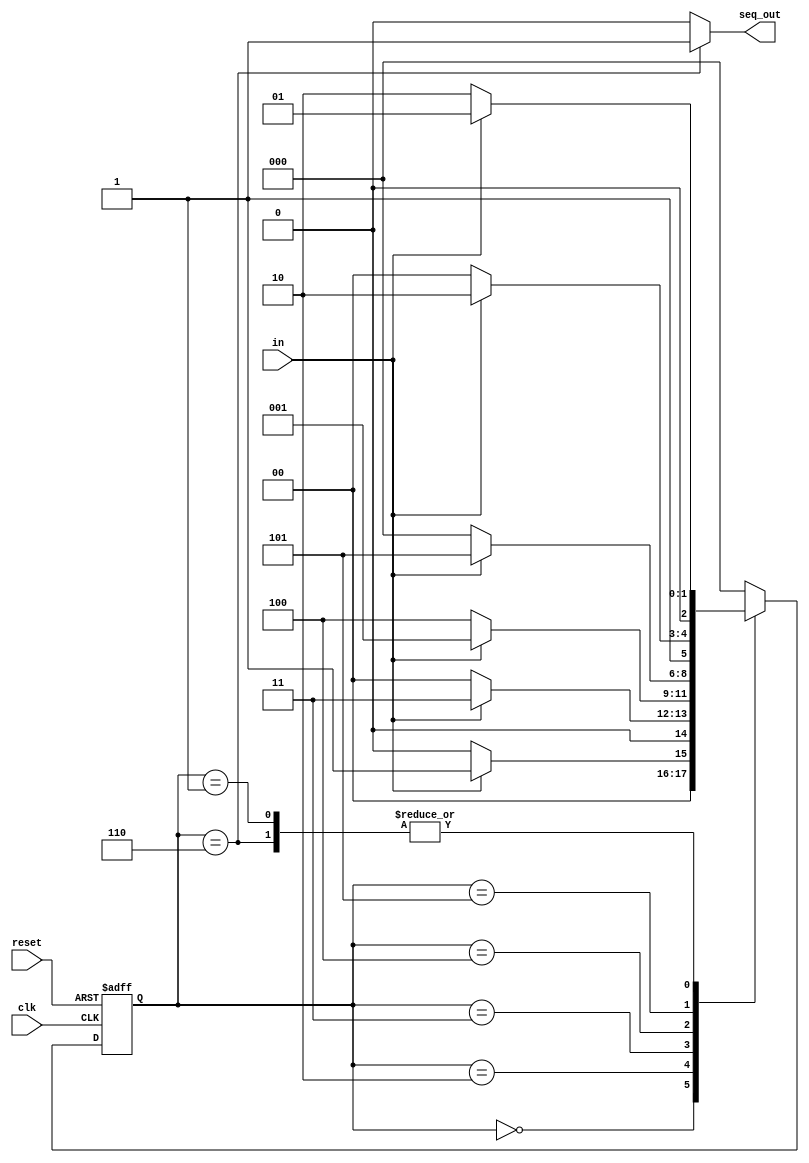
`timescale 1ns / 1ps

module fsm(
    input clk,
    input in,
    input reset,
    output reg seq_out
    );

reg [2:0] current_state, next_state;

always @(negedge reset or posedge clk)
begin
    if(~reset)  current_state <= 3'b0;
    else current_state <= next_state;
end

always @(*) begin
case(current_state)
    3'd0: begin
        seq_out <= 0;
        if(in) next_state <= 3'd1;
        else next_state <= 3'd0;
    end
    3'd1: begin
        seq_out <= 0;
        if(in) next_state <= 3'd1;
        else next_state <= 3'd2;
    end
    3'd2: begin
        seq_out <= 0;
        if(in) next_state <= 3'd3;
        else next_state <= 3'd0;
    end
    3'd3: begin
        seq_out <= 0;
        if(in) next_state <= 3'd1;
        else next_state <= 3'd4;
    end
    3'd4: begin
        seq_out <= 0;
        if(in) next_state <= 3'd5;
        else next_state <= 3'd0;
    end
    3'd5: begin
        seq_out <= 0;
        if(in) next_state <= 3'd6;
        else next_state <= 3'd4;
    end
    3'd6: begin
        seq_out <= 1;
        if(in) next_state <= 3'd1;
        else next_state <= 3'd2;
    end
    default: begin
        seq_out <= 0;
        next_state <= 3'b0;
    end
endcase
end

endmodule